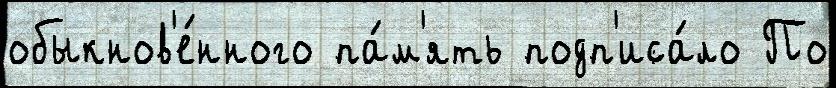
обыкнов'е́нного па́м'ять подп'иса́ло По